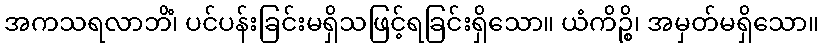
အကသရလာဘိံ၊ ပင်ပန်းခြင်းမရှိသဖြင့်ရခြင်းရှိသော။ ယံကိဉ္စိ၊ အမှတ်မရှိသော။